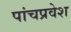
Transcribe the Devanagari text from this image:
पांचप्रवेश